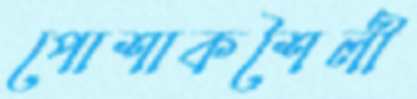
পোশাকশৈলী